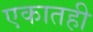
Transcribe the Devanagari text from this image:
एकातही